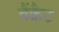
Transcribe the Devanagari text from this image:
बैंक्वैट